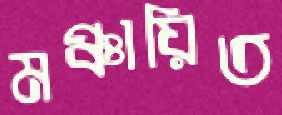
মঞ্চায়িত